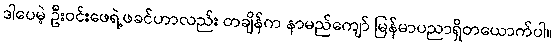
ဒါပေမဲ့ ဦးဝင်းဖေရဲ့ဖခင်ဟာလည်း တချိန်က နာမည်ကျော် မြန်မာပညာရှိတယောက်ပါ။